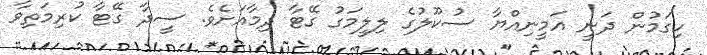
ހިގަމުން ދަނީ އަމީނިއްޔާ ސުކޫލުގެ ލިލީމަގު ގޭޓާ ދިމާއަށެވެ. ސީދާ ގޭޓާ ކުރިމަތިވާ